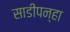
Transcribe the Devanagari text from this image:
साडीपन्हा